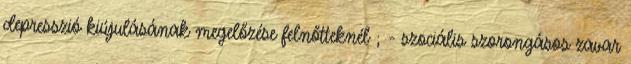
depresszió kiújulásának megelőzése felnőtteknél ; - szociális szorongásos zavar